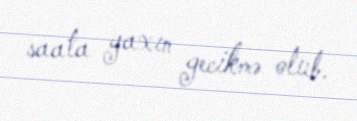
saata yaxın gecikmə olub.